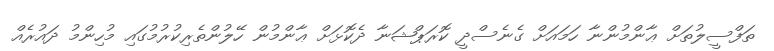
ތަފްސީލުތަށް ޢާންމުންނާ ހަމައަށް ގެނެސްދީ ކޮރަޕްޝަނާ ދެކޮޅަށް ޢާންމުން ހޭލުންތެރިކުރުމުގައި މުހިންމު ދައުރެއް